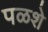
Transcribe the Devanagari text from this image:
पळशे